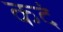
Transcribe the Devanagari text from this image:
कदं